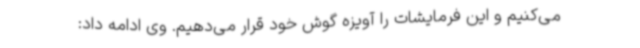
می‌کنیم و این فرمایشات را آویزه گوش خود قرار می‌دهیم. وی ادامه داد: